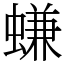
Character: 螊